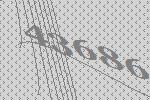
43686